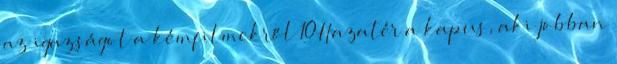
az igazságot a kémfilmekről 10Hazatér a kapus, aki jobban